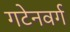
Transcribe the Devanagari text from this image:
गटेनवर्ग